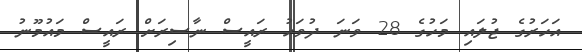
އަހަރުގެ ޖުލައި މަހުގެ 28 ވަނަ ދުވަހު ރައީސް ނާސިރަށް ރައީސް މައުމޫނު